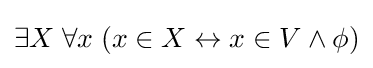
\exists X\;\forall x\;(x\in X\leftrightarrow x\in V\land \phi )